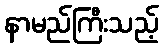
နာမည်ကြီးသည့်